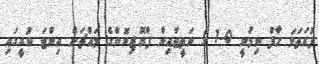
ފުރަތަމަ ހާފް ނިމުނީ 0-1 ގެ ނަތީޖާއިން ފްރޮޒިނޮންގެ މައްޗަށް އިންޓަ ކުރީގައި